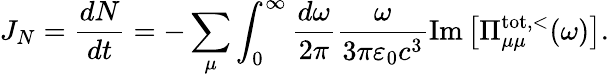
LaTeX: J_{N}=\frac{dN}{dt}=-\sum_{\mu}\int_{0}^{\infty}\frac{d\omega}{2\pi}\frac{\omega}{3\pi\varepsilon_{0}c^{3}}\operatorname{Im}\left[\Pi_{\mu\mu}^{\mathrm{tot},<}(\omega)\right].